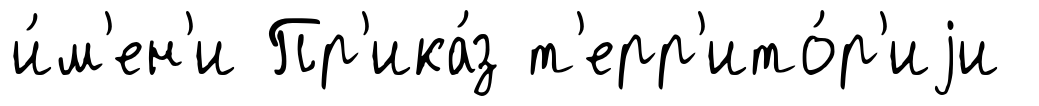
и́м'ен'и Пр'ика́з т'ерр'ито́р'иjи